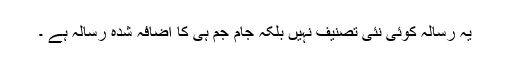
یہ رسالہ کوئی نئی تصنیف نہیں بلکہ جام جم ہی کا اضافہ شدہ رسالہ ہے ۔